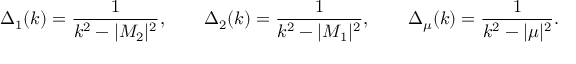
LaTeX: \Delta _ { 1 } ( k ) = { \frac { 1 } { k ^ { 2 } - | M _ { 2 } | ^ { 2 } } } , \qquad \Delta _ { 2 } ( k ) = { \frac { 1 } { k ^ { 2 } - | M _ { 1 } | ^ { 2 } } } , \qquad \Delta _ { \mu } ( k ) = { \frac { 1 } { k ^ { 2 } - | \mu | ^ { 2 } } } .